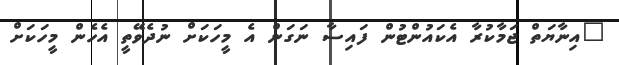
"އިނާޔަތް ޖަމާކުރާ އެކައުންޓުން ފައިސާ ނަގަން އެ މީހަކަށް ނުދެވޭތީ އެހެން މީހަކަށް